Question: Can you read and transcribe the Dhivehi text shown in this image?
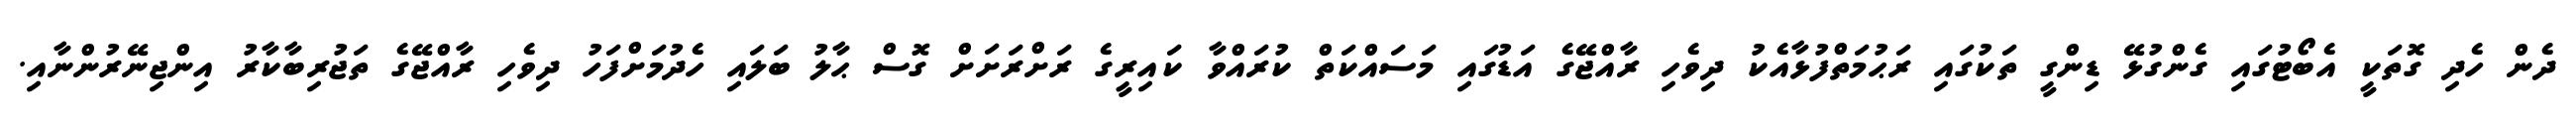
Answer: ދެން ހެދި ގޮތަކީ އެބޯޓުގައި ގެންގުޅޭ ޑިންގީ ތަކުގައި ރަޙުމަތްފުޅާއެކު ދިވެހި ރާއްޖޭގެ އަޑުގައި މަސައްކަތް ކުރައްވާ ކައިރީގެ ރަށްރަށަށް ގޮސް ޙާލު ބަލައި ހެދުމަށްފަހު ދިވެހި ރާއްޖޭގެ ތަޖުރިބާކާރު އިންޖިނޭރުންނާއި.